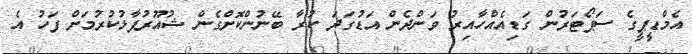
އެމްޑީޕީގެ ސަޕޯޓަރުން ގަޑިއެއްހާއިރު ވަންދެން އަޑުގަދަ ކުރާ ބޭނުންކޮށްގެން ޝުއޫރުފާޅުކުރުމަށް ފަހު އެ